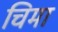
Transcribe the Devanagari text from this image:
चिमा